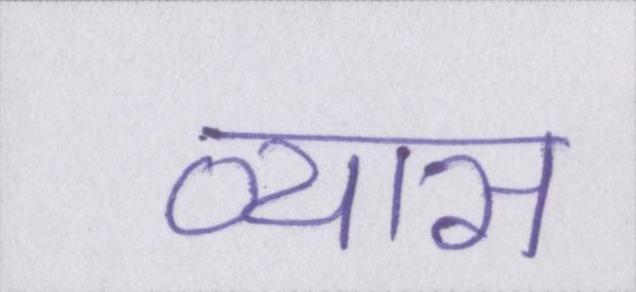
व्यास